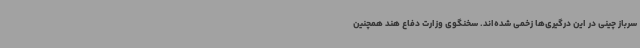
سرباز چینی در این درگیری‌ها زخمی شده‌اند. سخنگوی وزارت دفاع هند همچنین